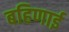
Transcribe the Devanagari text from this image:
बहिणाई